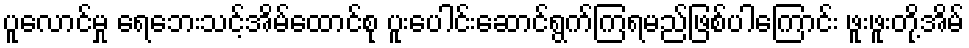
ပူလောင်မှု ရေဘေးသင့်အိမ်ထောင်စု ပူးပေါင်းဆောင်ရွက်ကြရမည်ဖြစ်ပါကြောင်း ဖူးဖူးတို့အိမ်